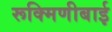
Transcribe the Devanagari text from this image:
रूक्मिणीबाई